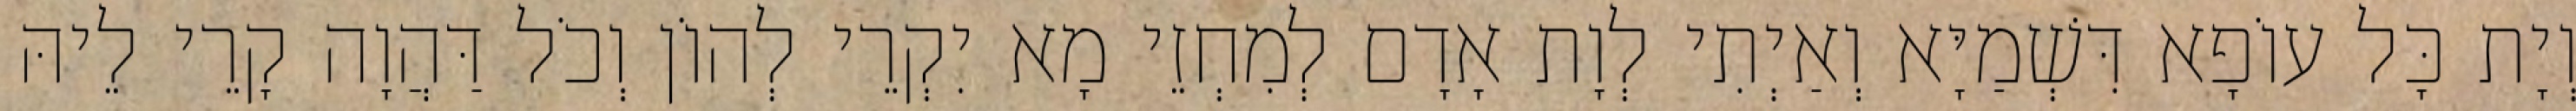
וְיָת כָּל עוֹפָא דִּשְׁמַיָּא וְאַיְתִי לְוָת אָדָם לְמִחְזֵי מָא יִקְרֵי לְהוֹן וְכֹל דַּהֲוָה קָרֵי לֵיהּ